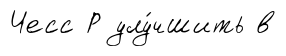
Чесс Р улу́чшить в